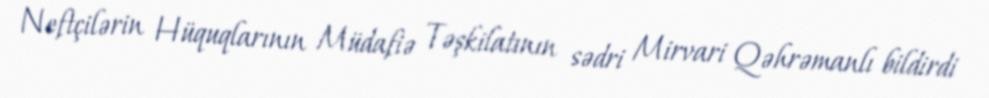
Neftçilərin Hüquqlarının Müdafiə Təşkilatının sədri Mirvari Qəhrəmanlı bildirdi